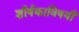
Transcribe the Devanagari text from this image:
शीर्षकाविषयी